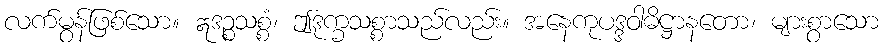
လက်မွန်ဖြစ်သော။ ဣဒဉ္စသစ္စံ၊ ဤဒုက္ခသစ္စာသည်လည်း။ အနေကုပဒ္ဒဝါဓိဋ္ဌာနတော၊ များစွာသော